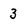
Character: 3